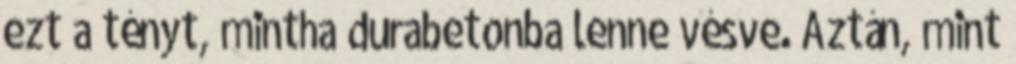
ezt a tényt, mintha durabetonba lenne vésve. Aztán, mint